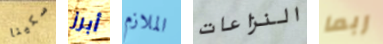
سكينا أبرز الملازم النزاعات ربما